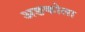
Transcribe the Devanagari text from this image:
अङकोला